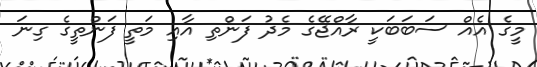
މީގެ އެއް ސަބަބަކީ ރާއްޖޭގެ މެދު ފަންތި އާއި މަތީ ފަންތީގެ ގިނަ